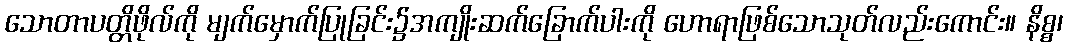
သောတာပတ္တိဖိုလ်ကို မျက်မှောက်ပြုခြင်း၌အကျိုးဆက်ခြောက်ပါးကို ဟောရာဖြစ်သောသုတ်လည်းကောင်း။ နိစ္စ၊